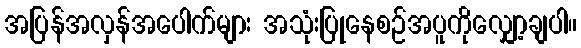
အပြန်အလှန်အပေါက်များ အသုံးပြုနေစဉ်အပူကိုလျှော့ချပါ။